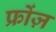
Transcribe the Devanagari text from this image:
फ्रोंज़